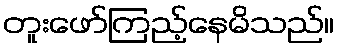
တူးဖော်ကြည့်နေမိသည်။